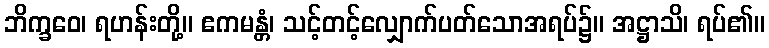
ဘိက္ခဝေ၊ ရဟန်းတို့။ ဧကမန္တံ၊ သင့်တင့်လျှောက်ပတ်သောအရပ်၌။ အဋ္ဌာသိ၊ ရပ်၏။